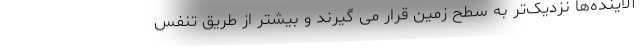
آلاینده‌ها نزدیک‌تر به سطح زمین قرار می گیرند و بیشتر از طریق تنفس